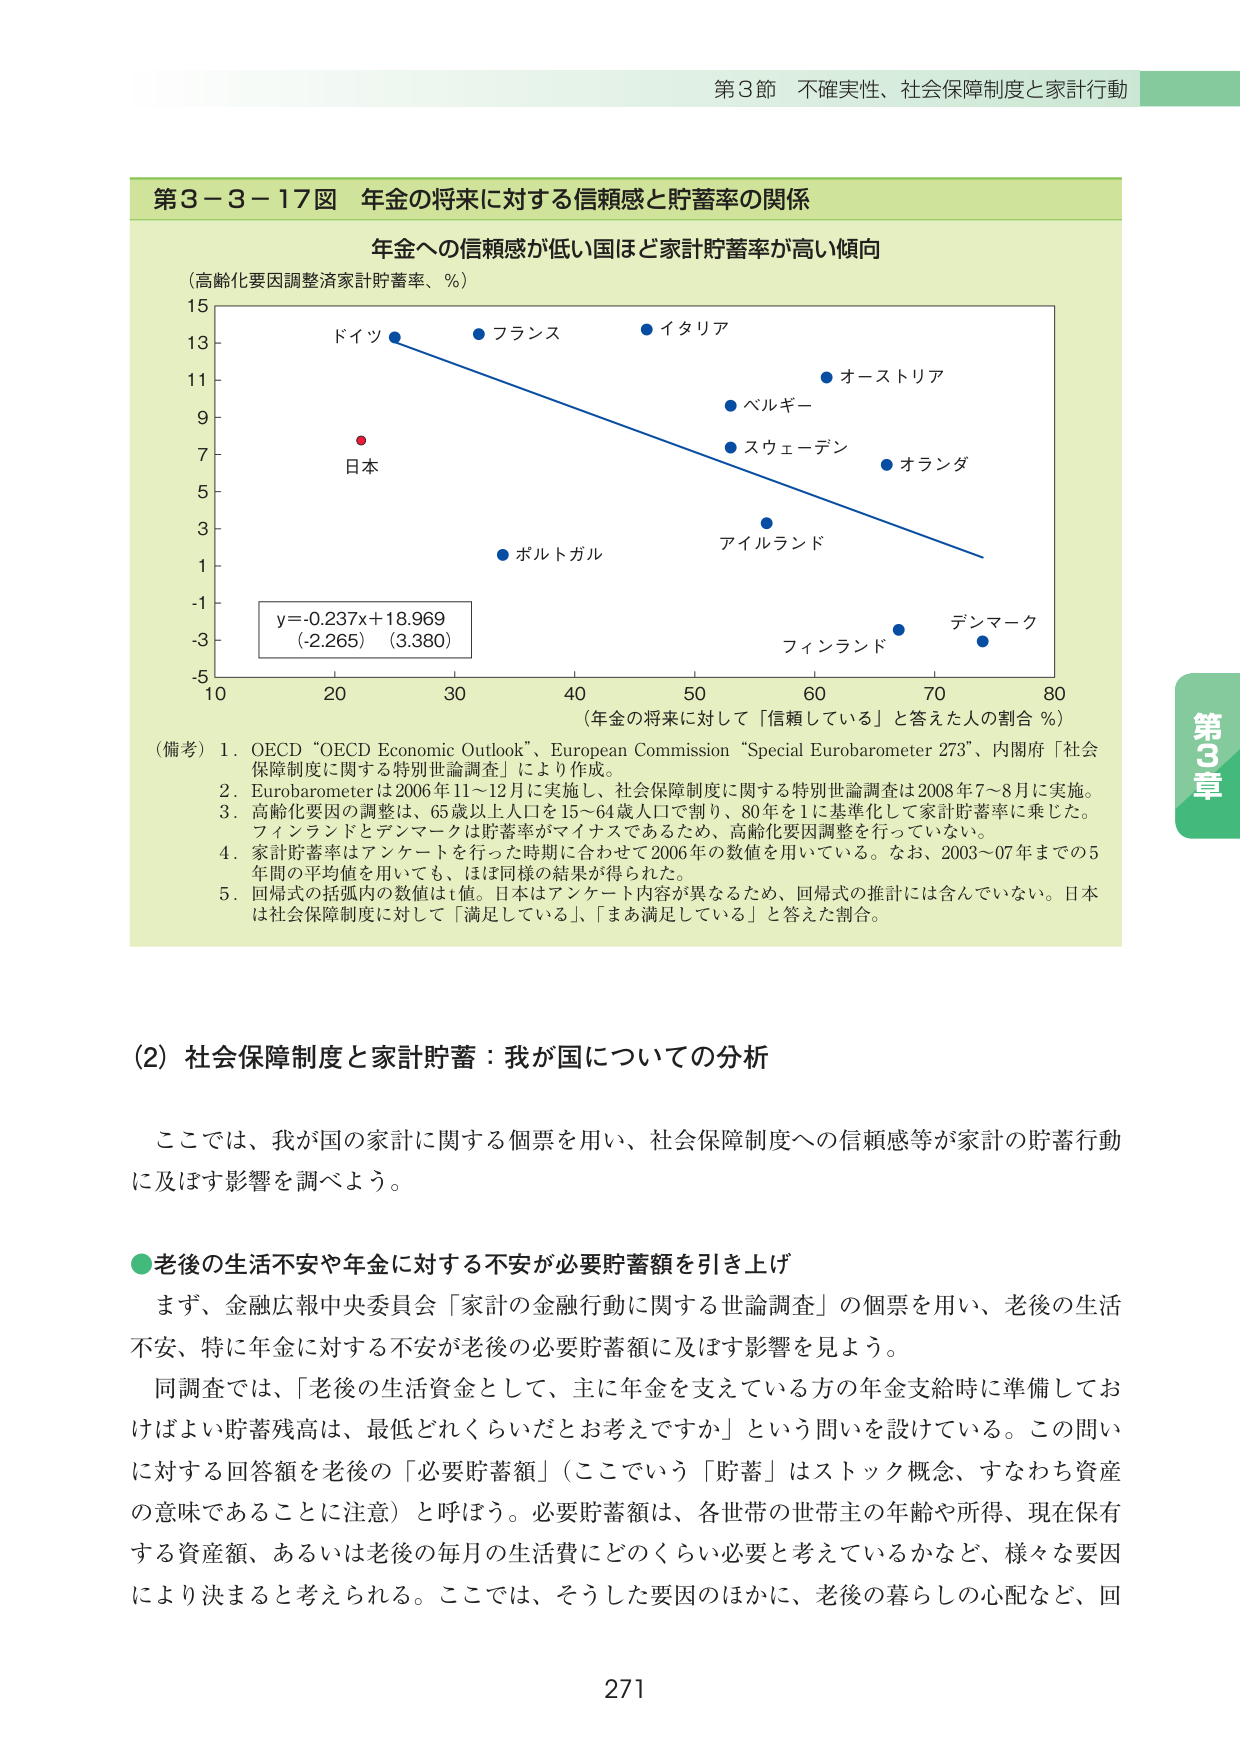
第３節 不確実性、社会保障制度と家計行動

第３－３－１７図 年金の将来に対する信頼感と貯蓄率の関係

年金への信頼感が低い国ほど家計貯蓄率が高い傾向

（高齢化要因調整家計貯蓄率、％）

15
13
11
9
7
5
3
1
-1
-3
-5

10 20 30 40 50 60 70 80

（年金の将来に対して「信頼している」と答えた人の割合 ％）

y = -0.237x + 18.969
(-2.265) (3.380)

ドイツ
フランス
イタリア
オーストリア
ベルギー
スウェーデン
オランダ
日本
ポルトガル
アイルランド
フィンランド
デンマーク

（備考）1. OECD “OECD Economic Outlook”、European Commission “Special Eurobarometer 273”、内閣府「社会保障制度に関する特別世論調査」により作成。
2. Eurobarometerは2006年11～12月に実施し、社会保障制度に関する特別世論調査は2008年7～8月に実施。
3. 高齢化要因の調整は、65歳以上人口を15～64歳人口で割り、80年を1に基準化して家計貯蓄率に乗じた。フィンランドとデンマークは貯蓄率がマイナスであるため、高齢化要因調整を行っていない。
4. 家計貯蓄率はアンケートを貯った時期に合わせて2006年の数値を用いている。なお、2003～07年までの5年間の平均値を用いても、ほぼ同様の結果が得られた。
5. 回帰式の括弧内の数値はt値。日本はアンケート内容が異なるため、回帰式の推計には含んでいない。日本は社会保障制度に対して「満足している」、「まあ満足している」と答えた割合。

（2）社会保障制度と家計貯蓄：我が国についての分析

ここでは、我が国の家計に関する個票を用い、社会保障制度への信頼感等が家計の貯蓄行動に及ぼす影響を調べよう。

●老後の生活不安や年金に対する不安が必要貯蓄額を引き上げ

まず、金融広報中央委員会「家計の金融行動に関する世論調査」の個票を用い、老後の生活不安、特に年金に対する不安が老後の必要貯蓄額に及ぼす影響を見よう。

同調査では、「老後の生活資金として、主に年金を支えている方の年金支給時に準備しておけばよい貯蓄残高は、最低どれくらいだとお考えですか」という問いを設けている。この問いに対する回答額を老後の「必要貯蓄額」（ここでいう「貯蓄」はストック概念、すなわち資産の意味であることに注意）と呼ぼう。必要貯蓄額は、各世帯の世帯主の年齢や所得、現在保有する資産額、あるいは老後の毎月の生活費にどのくらい必要と考えているかなど、様々な要因により決まると考えられる。ここでは、そうした要因のほかに、老後の暮らしの心配など、回

第3章

271